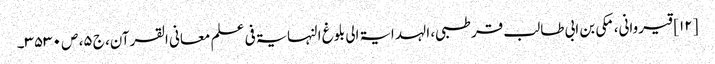
[۱۲] قیروانی، مکی بن ابی طالب قرطبی، الہدایۃ الی بلوغ النہایۃ فی علم معانی القرآن، ج ۵، ص ۳۵۳۰۔